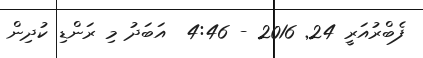
ފެބްރުއަރީ 24